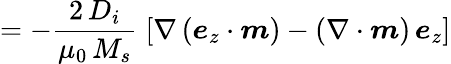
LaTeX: =-\frac{2\, D_{i}}{\mu_{0}\, M_{s}}\; \left[\nabla\left(\boldsymbol{e}_{z}\cdot\boldsymbol{m}\right)-\left(\nabla\cdot\boldsymbol{m}\right)\, \boldsymbol{e}_{z}\right]